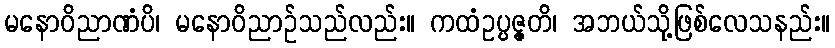
မနောဝိညာဏံပိ၊ မနောဝိညာဉ်သည်လည်း။ ကထံဥပ္ပဇ္ဇတိ၊ အဘယ်သို့ဖြစ်လေသနည်း။